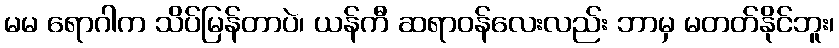
မမ ရောဂါက သိပ်မြန်တာပဲ၊ ယန်ကီ ဆရာဝန်လေးလည်း ဘာမှ မတတ်နိုင်ဘူး၊